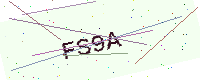
Text: FS9A